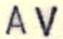
AV